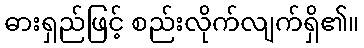
ဓားရှည်ဖြင့် စည်းလိုက်လျက်ရှိ၏။